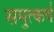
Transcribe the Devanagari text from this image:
समुत्कर्ष